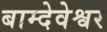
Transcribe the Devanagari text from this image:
बाम्देवेश्वर